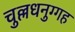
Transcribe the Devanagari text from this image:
चुल्लधनुग्गह